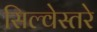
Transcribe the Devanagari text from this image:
सिल्वेस्तरे